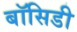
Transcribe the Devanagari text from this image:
बॉसिडी